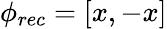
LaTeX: \phi_{rec}=[x,-x]